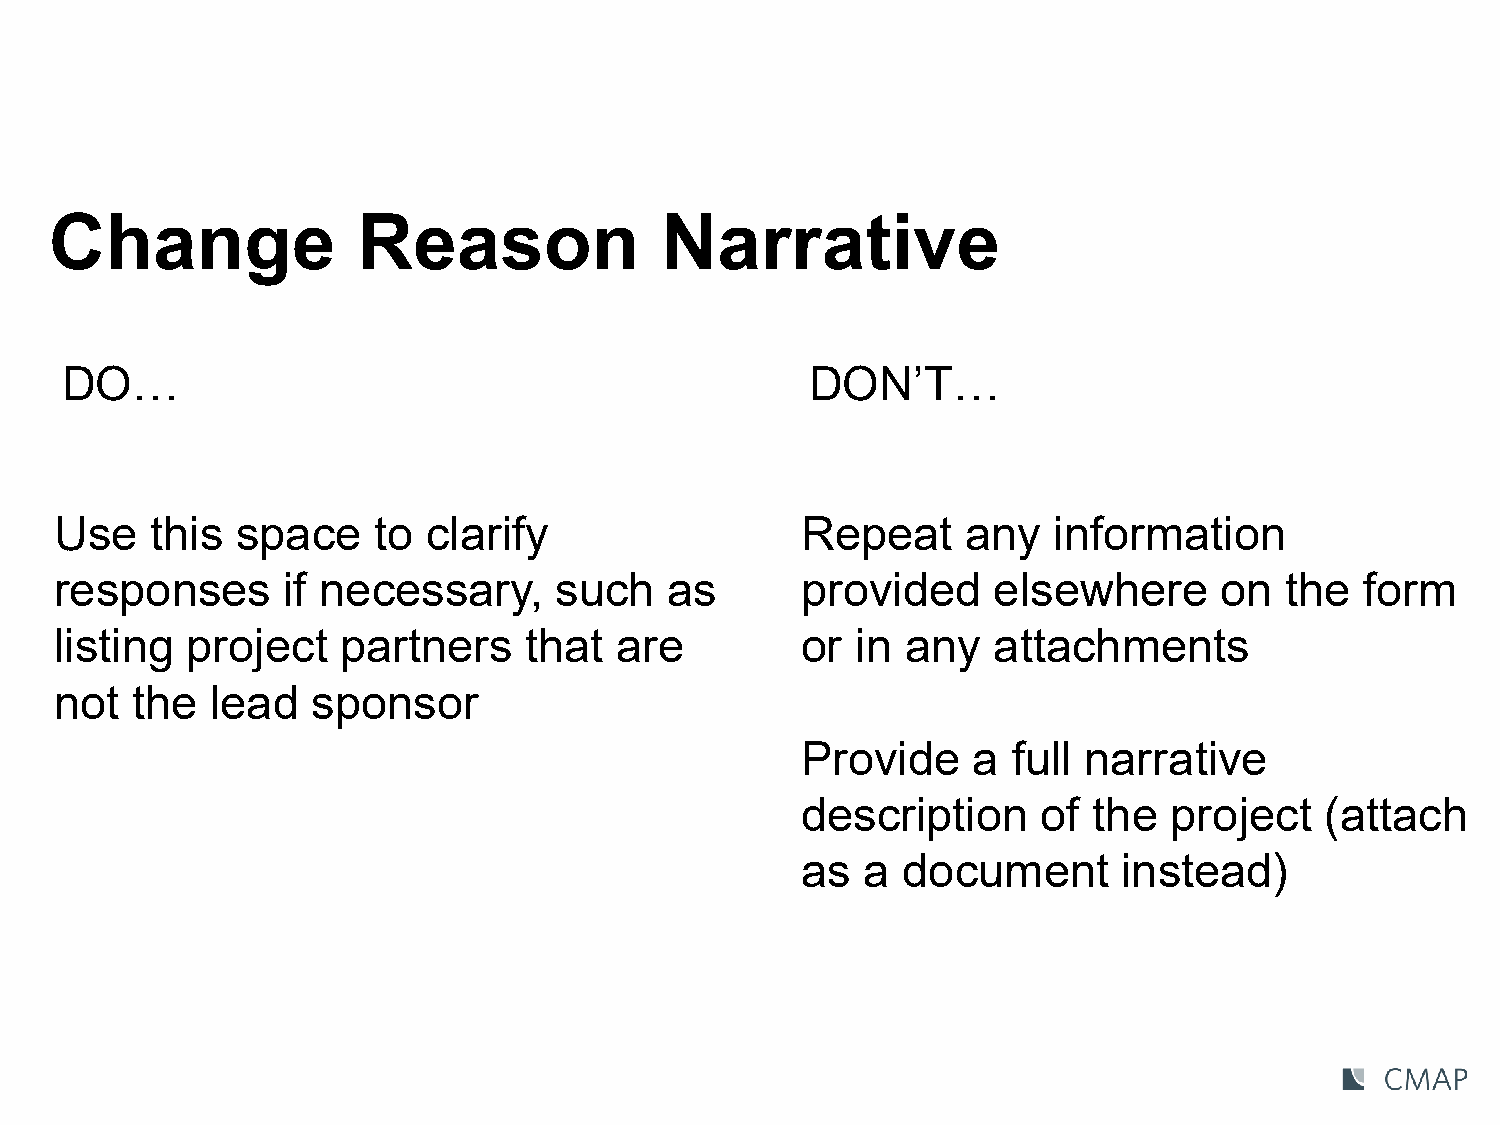
Change               Reason              Narrative
 DO…                                               DON’T…
 Use   this  space    to clarify                  Repeat     any   information
 responses      if necessary,     such   as       provided     elsewhere      on  the  form
 listing project    partners    that  are         or  in any   attachments
 not  the  lead   sponsor
 Provide    a  full narrative
 description     of the  project    (attach
 as  a  document      instead)